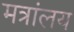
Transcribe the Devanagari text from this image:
मत्रांलय